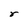
Character: r